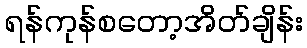
ရန်ကုန်စတော့အိတ်ချိန်း